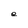
Character: e